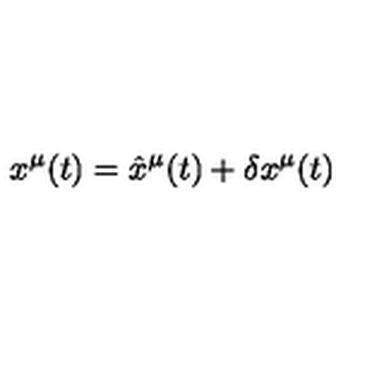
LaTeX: x ^ { \mu } ( t ) = { \hat { x } } ^ { \mu } ( t ) + \delta x ^ { \mu } ( t )